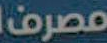
مصرف